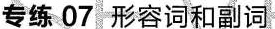
专练 07 形容词和副词